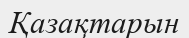
Қазақтарын